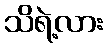
သိရဲ့လား